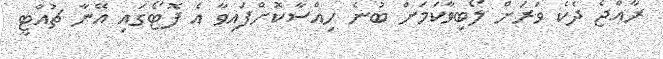
ރާއްޖެ ދެކެ ވަރަށް ލޯބިވާކަމަށް ބުނެ ހިއްސާކޮށްފައިވާ އެ ފޮޓޯގައި އޭނާ ޗުއްޓީ